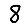
Digit: 8